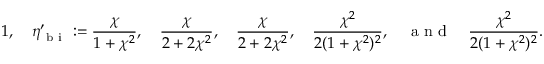
1 , \quad \eta _ { \mathrm { ~ b ~ i ~ } } ^ { \prime } : = \frac { \chi } { 1 + \chi ^ { 2 } } , \quad \frac { \chi } { 2 + 2 \chi ^ { 2 } } , \quad \frac { \chi } { 2 + 2 \chi ^ { 2 } } , \quad \frac { \chi ^ { 2 } } { 2 ( 1 + \chi ^ { 2 } ) ^ { 2 } } , \quad \mathrm { ~ a ~ n ~ d ~ } \quad \frac { \chi ^ { 2 } } { 2 ( 1 + \chi ^ { 2 } ) ^ { 2 } } .